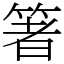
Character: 箸